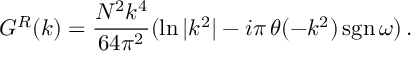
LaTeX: G ^ { R } ( k ) = { \frac { N ^ { 2 } k ^ { 4 } } { 6 4 \pi ^ { 2 } } } ( \ln { | k ^ { 2 } | } - i \pi \, \theta ( - k ^ { 2 } ) \, \mathrm { s g n } \, \omega ) \, .